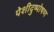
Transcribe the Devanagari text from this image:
पेशीदुष्पोषण